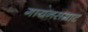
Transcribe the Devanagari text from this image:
गायनसम्राट